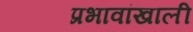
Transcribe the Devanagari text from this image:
प्रभावांखाली